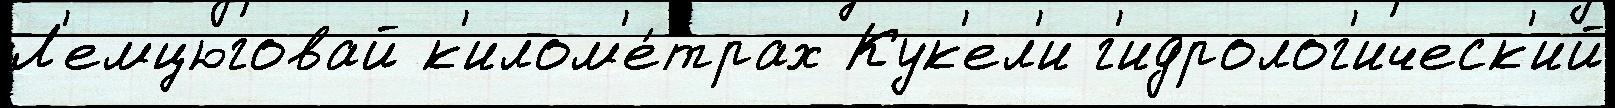
Л'емцюговай к'илом'е́трах Кук'ел'и г'идролог'ическ'ий